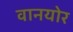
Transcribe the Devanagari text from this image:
वानयोर